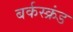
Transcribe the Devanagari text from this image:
बर्कस्क्रंड